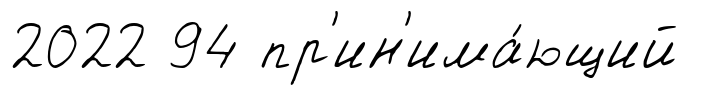
2022 94 пр'ин'има́ющий